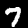
Digit: 7